Indian journal of veterinary science and animal husbandry - Volume 13,
Year: 1943
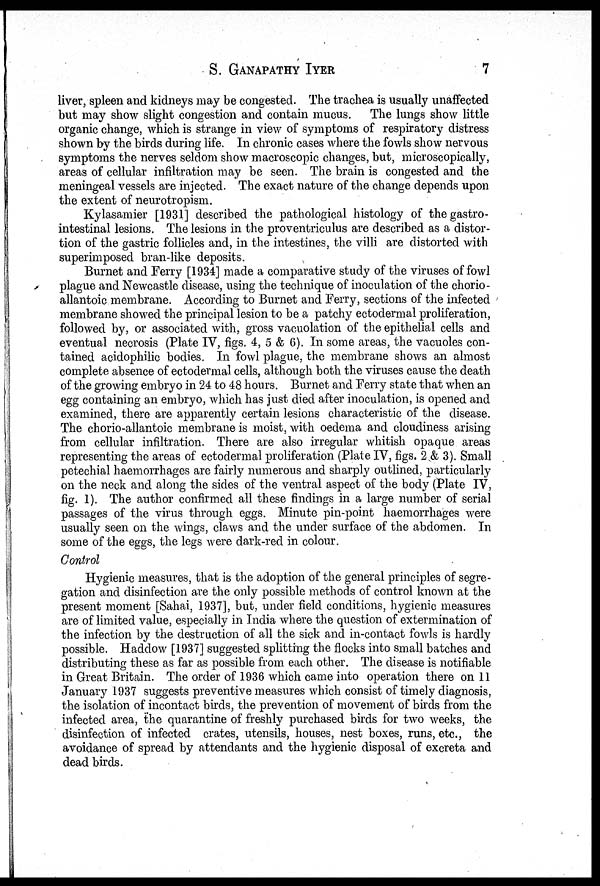
S.
GANAPATHY
IYER
7
liver, spleen and kidneys may be congested. The trachea is usually unaffected
but may show slight congestion and contain mucus. The lungs show little
organic change, which is strange in view of symptoms of respiratory distress
shown by the birds during life. In chronic cases where the fowls show nervous
symptoms the nerves seldom show macroscopic changes, but, microscopically,
areas of cellular infiltration may be seen. The brain is congested and the
meningeal vessels are injected. The exact nature of the change depends upon
the extent of neurotropism.
Kylasamier [1931] described the pathological histology of the gastro-
intestinal lesions. The lesions in the proventriculus are described as a distor-
tion of the gastric follicles and, in the intestines, the villi are distorted with
superimposed bran-like deposits.
Burnet and Ferry [1934] made a comparative study of the viruses of fowl
plague and Newcastle disease, using the technique of inoculation of the chorio-
allantoic membrane. According to Burnet and Ferry, sections of the infected
membrane showed the principal lesion to be a patchy ectodermal proliferation,
followed by, or associated with, gross vacuolation of the epithelial cells and
eventual necrosis (Plate IV, figs. 4, 5 & 6). In some areas, the vacuoles con-
tained acidophilic bodies. In fowl plague, the membrane shows an almost
complete absence of ectodermal cells, although both the viruses cause the death
of the growing embryo in 24 to 48 hours. Burnet and Ferry state that when an
egg containing an embryo, which has just died after inoculation, is opened and
examined, there are apparently certain lesions characteristic of the disease.
The chorio-allantoic membrane is moist, with oedema and cloudiness arising
from cellular infiltration. There are also irregular whitish opaque areas
representing the areas of ectodermal proliferation (Plate IV, figs. 2 & 3). Small
petechial haemorrhages are fairly numerous and sharply outlined, particularly
on the neck and along the sides of the ventral aspect of the body (Plate IV,
fig. 1). The author confirmed all these findings in a large number of serial
passages of the virus through eggs. Minute pin-point haemorrhages were
usually seen on the wings, claws and the under surface of the abdomen. In
some of the eggs, the legs were dark-red in colour.
Control
Hygienic measures, that is the adoption of the general principles of segre-
gation and disinfection are the only possible methods of control known at the
present moment [Sahai, 1937], but, under field conditions, hygienic measures
are of limited value, especially in India where the question of extermination of
the infection by the destruction of all the sick and in-contact fowls is hardly
possible. Haddow [1937] suggested splitting the flocks into small batches and
distributing these as far as possible from each other. The disease is notifiable
in Great Britain. The order of 1936 which came into operation there on 11
January 1937 suggests preventive measures which consist of timely diagnosis,
the isolation of incontact birds, the prevention of movement of birds from the
infected area, the quarantine of freshly purchased birds for two weeks, the
disinfection of infected crates, utensils, houses, nest boxes, runs, etc., the
avoidance of spread by attendants and the hygienic disposal of excreta and
dead birds.